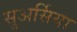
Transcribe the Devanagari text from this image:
सुअर्सिया